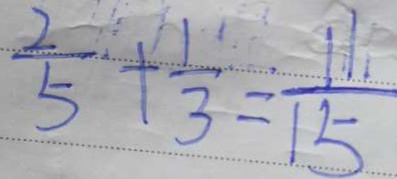
\frac { 2 } { 5 } + \frac { 1 } { 3 } = \frac { 1 1 } { 1 5 }